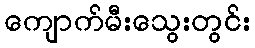
ကျောက်မီးသွေးတွင်း